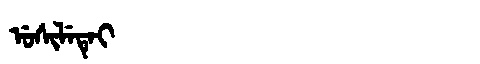
Manchu: ᡠᠰᡳᠯᡝᡨᡝᡳ
Romanization: USILETEI